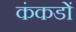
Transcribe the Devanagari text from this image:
कंकडों